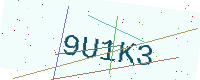
Text: 9U1K3